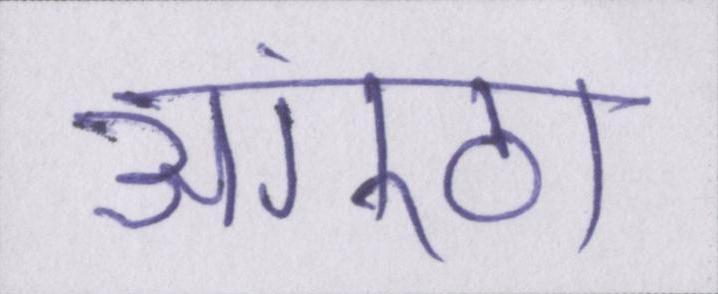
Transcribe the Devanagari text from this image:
अंगूठा